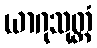
ယာဂုသုတ္တံ